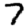
Digit: 7